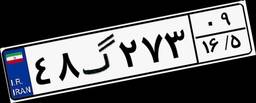
۶۷گ۱۸۶۴۴